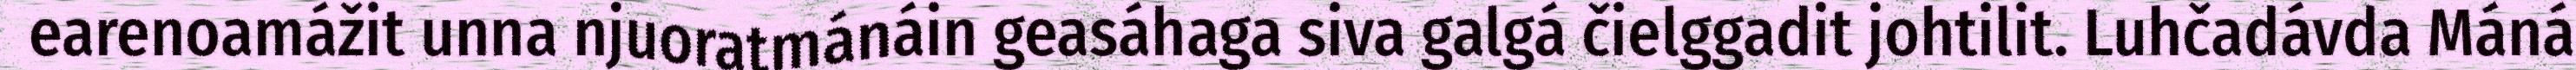
earenoamážit unna njuoratmánáin geasáhaga siva galgá čielggadit johtilit. Luhčadávda Máná